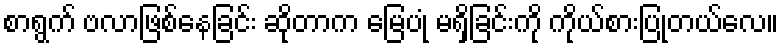
စာရွက် ဗလာဖြစ်နေခြင်း ဆိုတာက မြေပုံ မရှိခြင်းကို ကိုယ်စားပြုတယ်လေ။